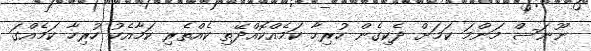
ނޫނަސް މަންމަ ކަމަށް ދެކިގެން ހުރިހާ ކަމެއްކޮއްދޭތި ކެއްތެރި ކަމާއެކު ހުރިހާ ކަމެއްގަ